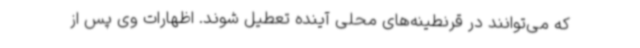
که می‌توانند در قرنطینه‌های محلی آینده تعطیل شوند. اظهارات وی پس از